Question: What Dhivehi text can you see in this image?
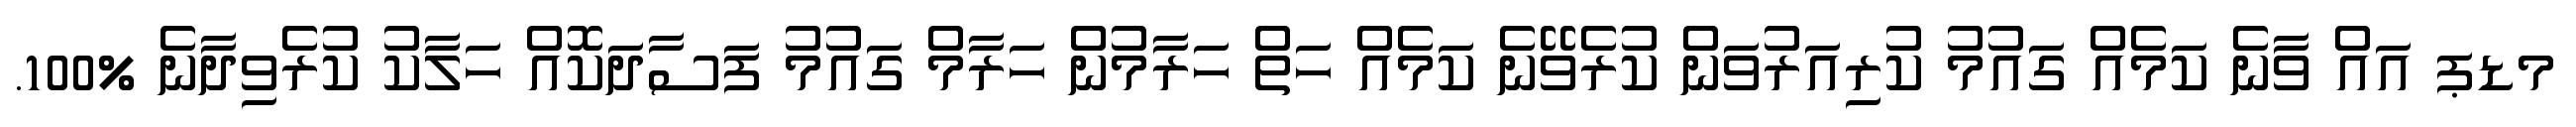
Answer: މޑޕ އައް ވާނެ ކަމެއް ގައުމު ކުރިއަރުވަން ކުރެވޭނެ ކަމެއް ހަތް ހަރާމުން ހަރާމް ގައުމު ފަސާދަކޮއް ހަލާކު ކުރެވިދާނެ %100.